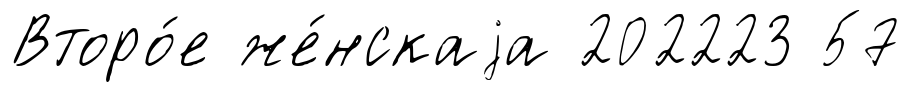
Второ́е же́нскаjа 202223 57